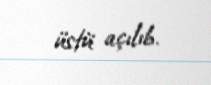
üstü açılıb.